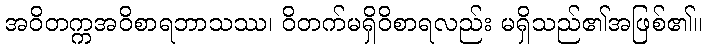
အဝိတက္ကအဝိစာရဘာသဿ၊ ဝိတက်မရှိဝိစာရလည်း မရှိသည်၏အဖြစ်၏။